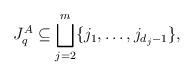
LaTeX: \begin{align*}J_q^A \subseteq \bigsqcup_{j=2}^m \{j_1,\dots, j_{d_j-1}\},\end{align*}